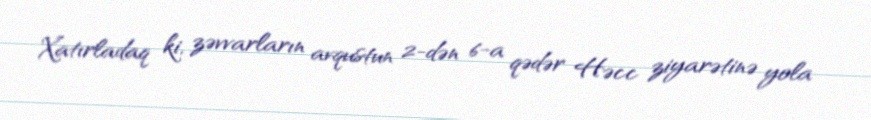
Xatırladaq ki, zəvvarların avqustun 2-dən 6-a qədər Həcc ziyarətinə yola